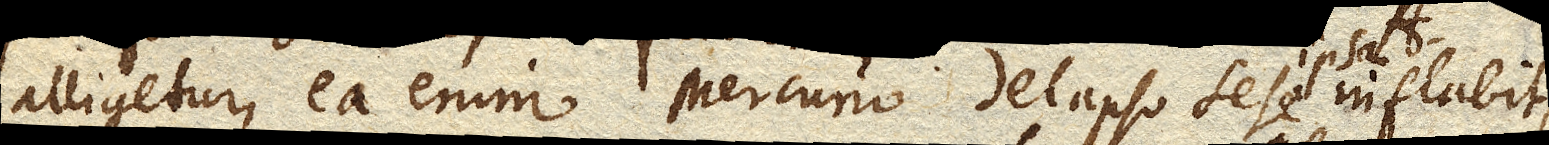
alligetur, ea enim Mercurio delapso sese ipsa inflabit,